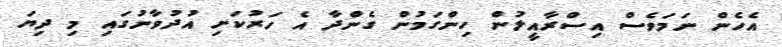
އެހެން ނަމަވެސް އިސްރާއީލުން ހިންގަމުން ގެންދާ އެ ހަރުކަށި އުދުވާނުގައި މި ދިޔަ